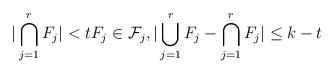
LaTeX: \begin{align*} |\bigcap_{j=1}^{r} F_j| < t F_j \in \mathcal{F}_j, |\bigcup_{j=1}^{r} F_j - \bigcap_{j=1}^{r} F_j| \leq k-t \end{align*}